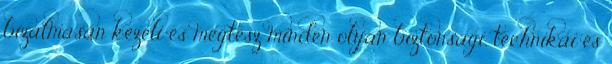
bizalmasan kezeli és megtesz minden olyan biztonsági, technikai és